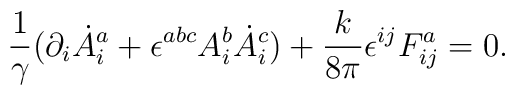
\frac{1}{\gamma}(\partial_i\dot A^a_i +\epsilon^{abc}A^b_i\dot A^c_i) +\frac{k}{8\pi}\epsilon^{ij}F^a_{ij}=0.